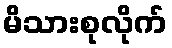
မိသားစုလိုက်